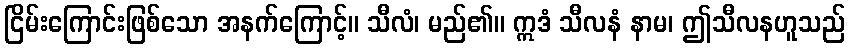
ငြိမ်းကြောင်းဖြစ်သော အနက်ကြောင့်။ သီလံ၊ မည်၏။ ဣဒံ သီလနံ နာမ၊ ဤသီလနဟူသည်